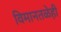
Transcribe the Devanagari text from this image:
विमानतळेही